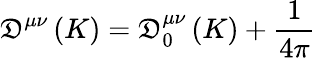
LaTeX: \mathfrak{D}^{\mu\nu}\left(K\right)=\mathfrak{D}_{0}^{\mu\nu}\left(K\right)+\frac{{1}}{{4\pi}}